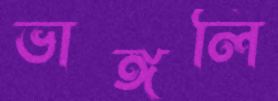
ভাঙ্গলি